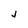
Character: j